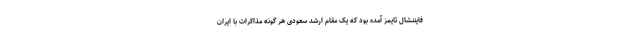
فایننشال تایمز آمده بود که یک مقام ارشد سعودی هر گونه مذاکرات با ایران